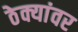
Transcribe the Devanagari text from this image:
ठेक्यांवर